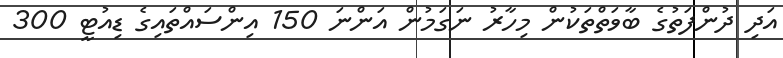
އަދި ދުންފަތުގެ ބާވަތްތަކުން މިހާރު ނަގަމުން އަންނަ 150 އިންސައްތައިގެ ޑިއުޓީ 300